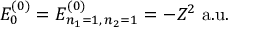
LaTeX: E _ { 0 } ^ { ( 0 ) } = E _ { n _ { 1 } = 1 , \, n _ { 2 } = 1 } ^ { ( 0 ) } = - Z ^ { 2 } { \mathrm { ~ a . u . } }